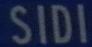
SIDI